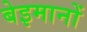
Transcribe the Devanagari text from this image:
बेइमानों